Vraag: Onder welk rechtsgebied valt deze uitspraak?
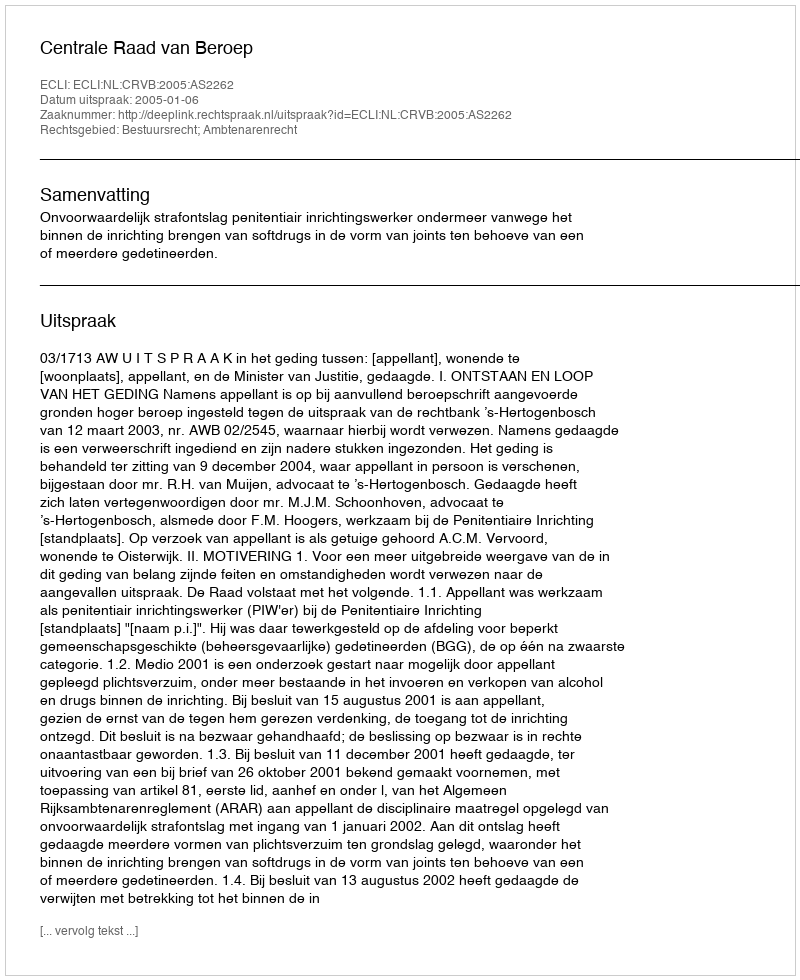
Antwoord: Bestuursrecht; Ambtenarenrecht